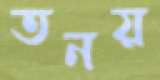
তনয়